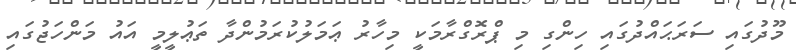
މޫދުގައި ސަރަޙައްދުގައި ހިންގި މި ޕްރޮގްރާމަކީ މިހާރު ޢަމަލުކުރަމުންދާ ތަޢުލީމީ އައު މަންހަޖުގައި